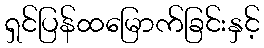
ရှင်ပြန်ထမြောက်ခြင်းနှင့်